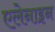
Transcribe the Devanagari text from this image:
एलेनाइन